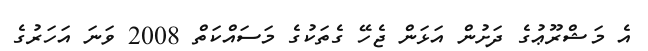
އެ މަޝްރޫޢުގެ ދަށުން އަޅަން ޖެހޭ ގެތަކުގެ މަސައްކަތް 2008 ވަނަ އަހަރުގެ